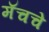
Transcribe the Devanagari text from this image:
मॅचचे